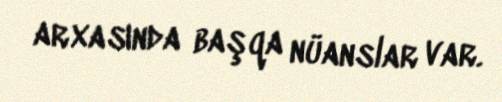
arxasında başqa nüanslar var.